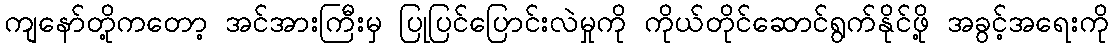
ကျနော်တို့ကတော့ အင်အားကြီးမှ ပြုပြင်ပြောင်းလဲမှုကို ကိုယ်တိုင်ဆောင်ရွက်နိုင်ဖို့ အခွင့်အရေးကို